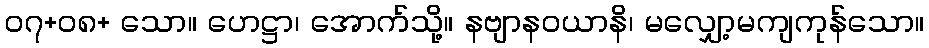
၀၇+၀၈+ သော။ ဟေဋ္ဌာ၊ အောက်သို့။ နဗျာနဝယာနိ၊ မလျှော့မကျကုန်သော။